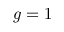
g = 1